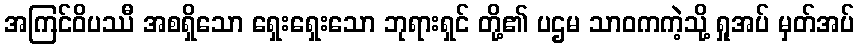
အကြင်ဝိပဿီ အစရှိသော ရှေးရှေးသော ဘုရားရှင် တို့၏ ပဌမ သာဝကကဲ့သို့ ရှုအပ် မှတ်အပ်